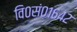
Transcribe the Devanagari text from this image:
वि०सं०१६४२